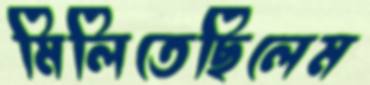
মিলিতেছিলেম